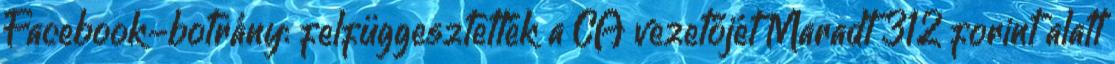
Facebook-botrány: felfüggesztették a CA vezetőjét Maradt 312 forint alatt